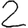
Digit: 2